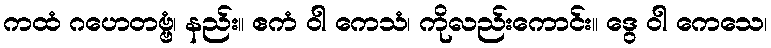
ကထံ ဂဟေတဗ္ဗံ၊ နည်း။ ဧကံ ဝါ ကေသံ၊ ကိုလည်းကောင်း။ ဒွေ ဝါ ကေသေ၊